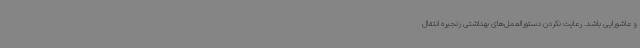
و عاشورایی باشد. رعایت نکردن دستورالعمل‌های بهداشتی زنجیره انتقال